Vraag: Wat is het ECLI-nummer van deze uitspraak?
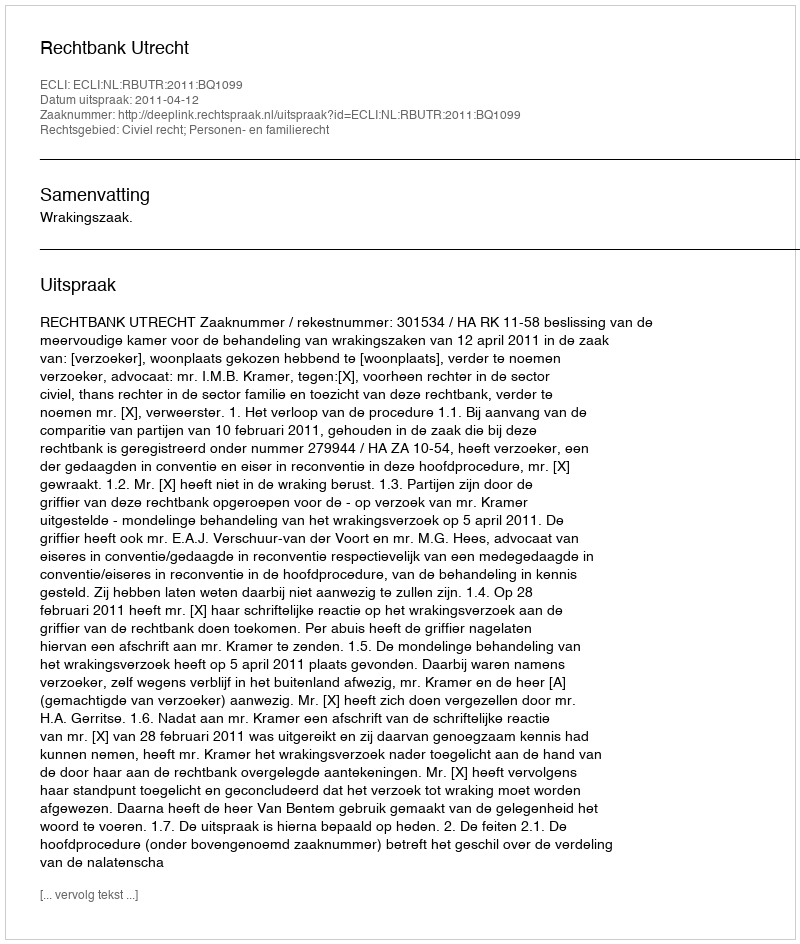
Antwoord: ECLI:NL:RBUTR:2011:BQ1099